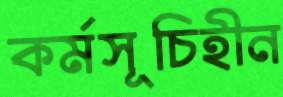
কর্মসূচিহীন